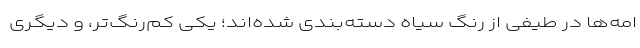
امه‌ها در طیفی از رنگ سیاه‌ دسته‌بندی شده‌اند؛ یکی کم‌رنگ‌تر، و دیگری